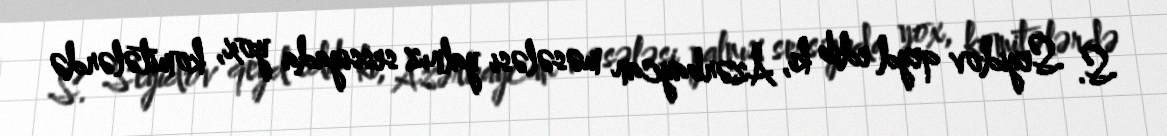
S. Seyidov qeyd edib ki, Azərbaycan məsələsi yalnız sessiyada yox, komitələrdə